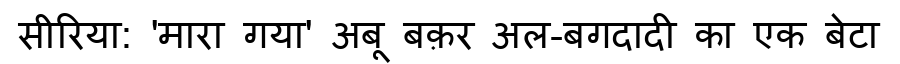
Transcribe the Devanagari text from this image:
सीरिया: 'मारा गया' अबू बक़र अल-बगदादी का एक बेटा